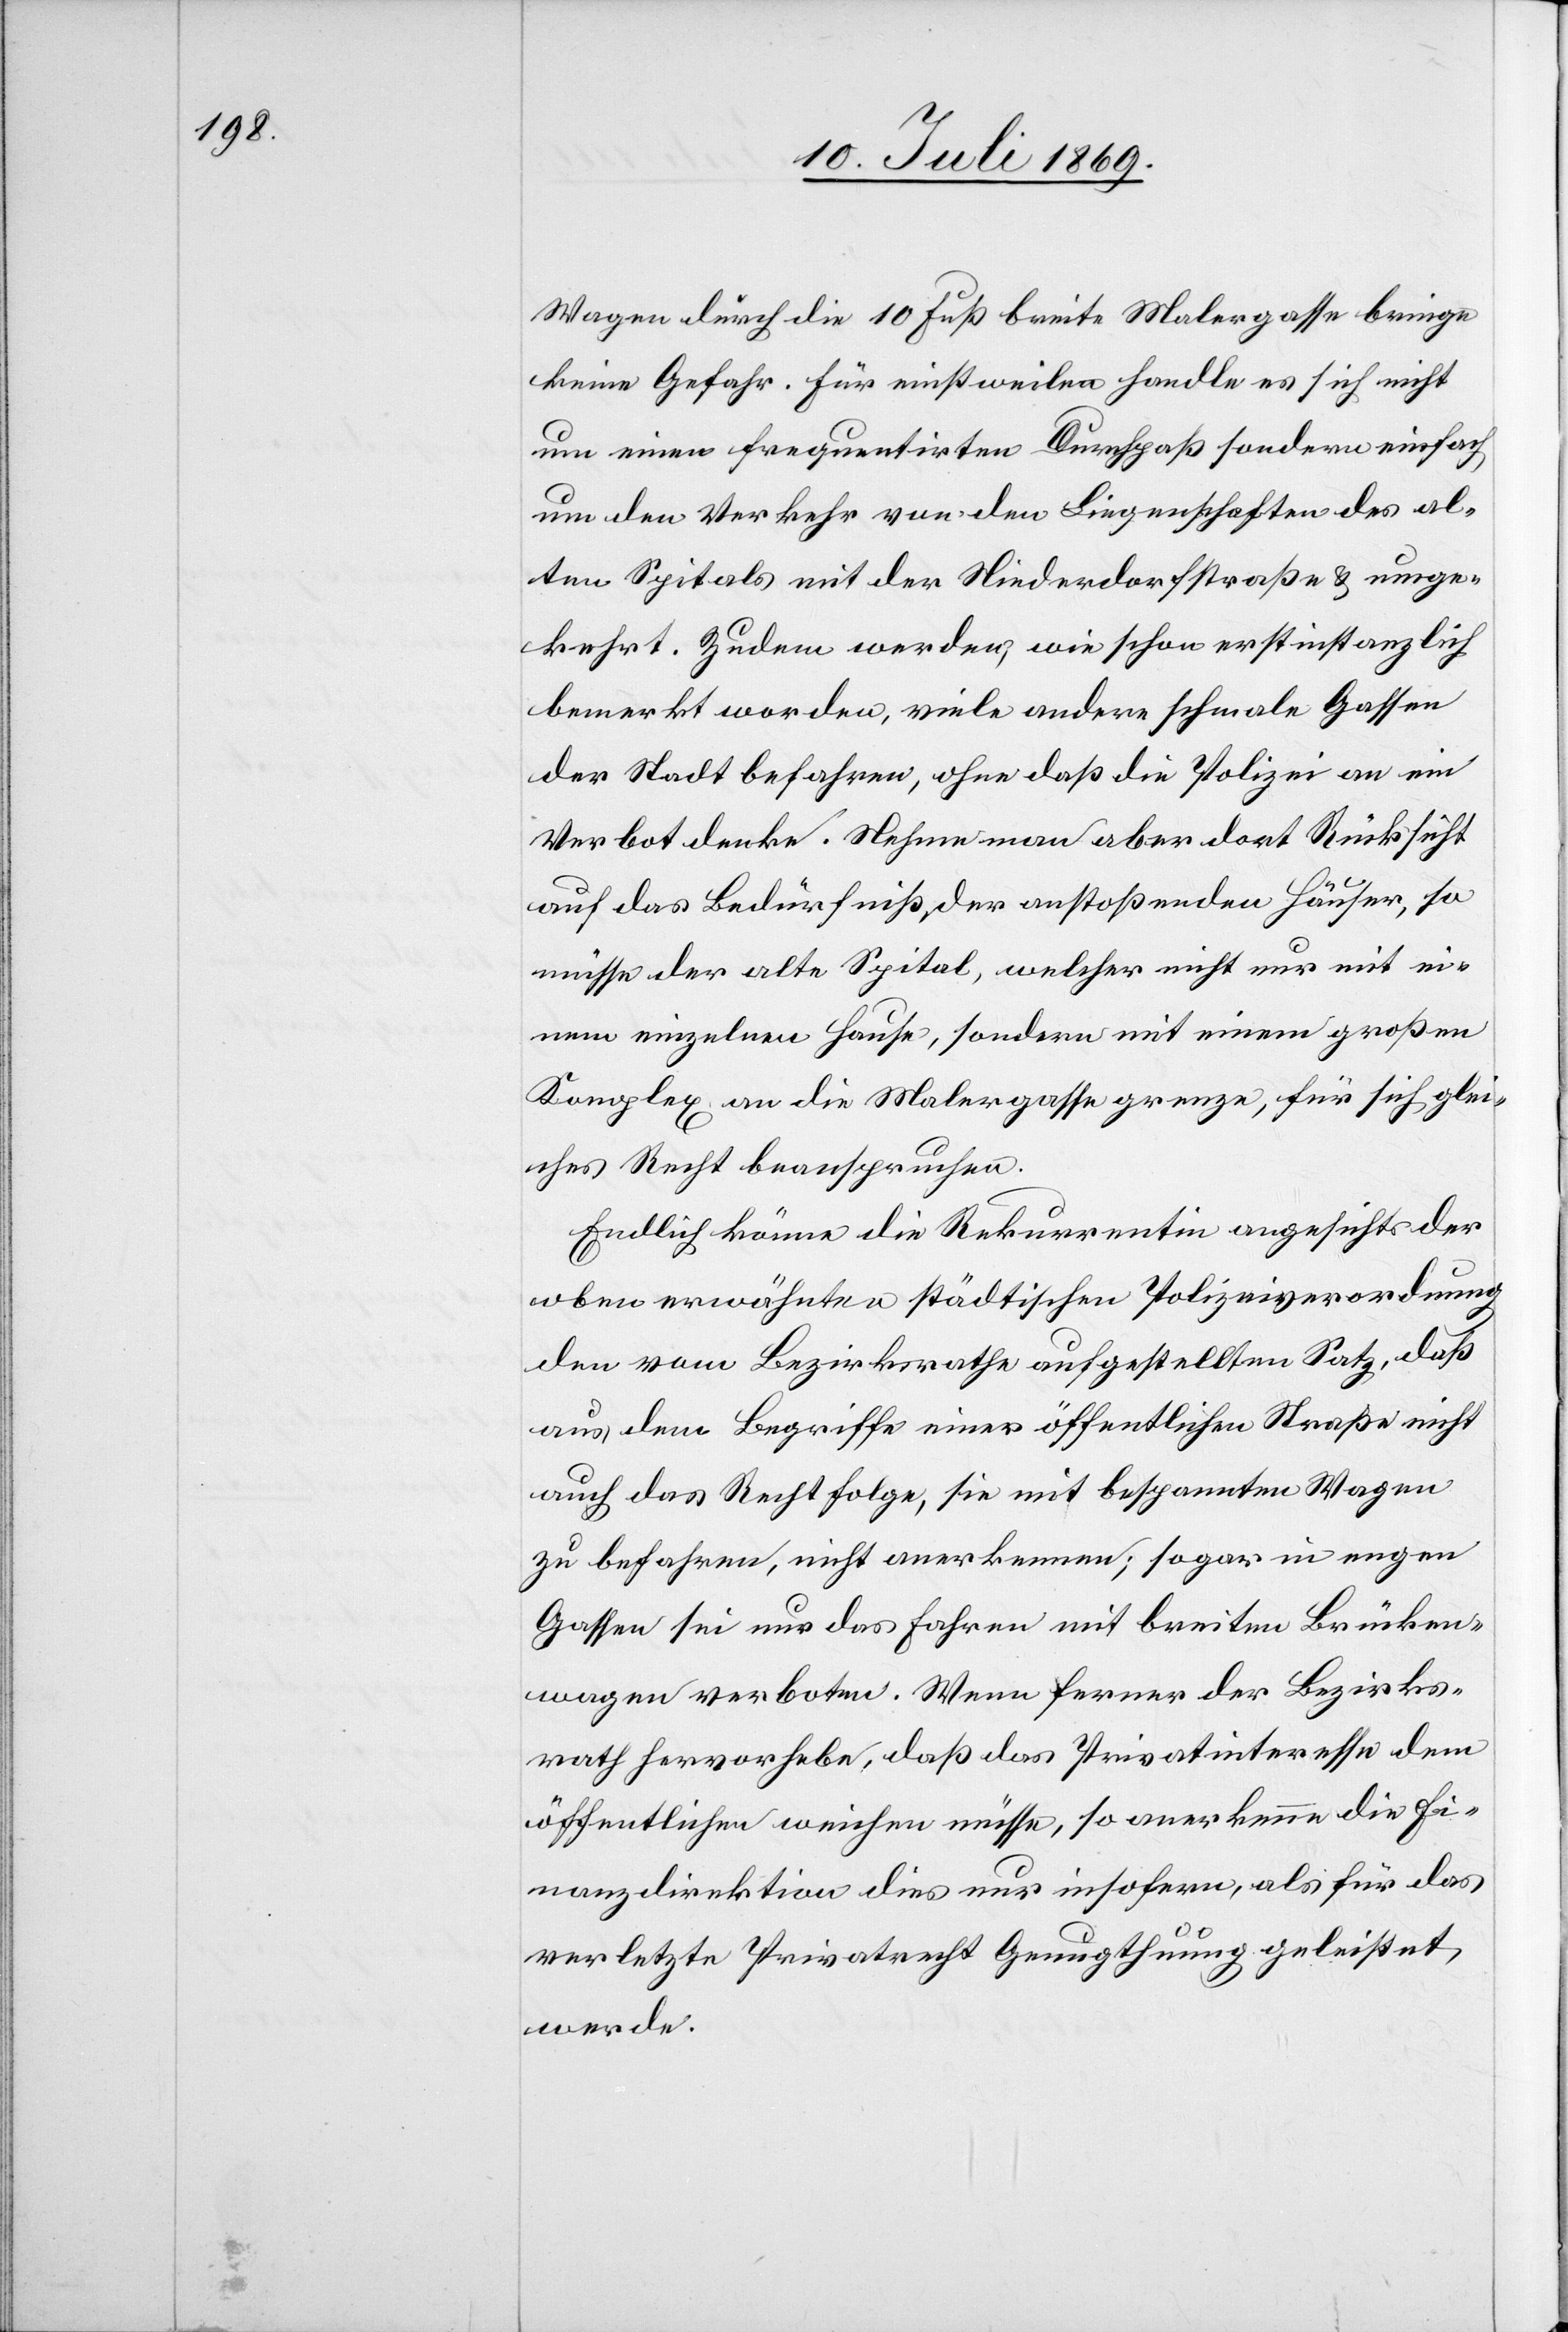
Wagen durch die 10 Fuß breite Malergasse bringe
keine Gefahr. Für einstweilen handle es sich nicht
um einen frequentierten Durchpaß sondern einfach
um den Verkehr von den Liegenschaften des al¬
ten Spitals mit der Niederdorfstraße u. umge¬
kehrt. Zudem werden, wie schon erstinstanzlich
bemerkt worden, viele andere schmale Gassen
der Stadt befahren, ohne daß die Polizei an ein
Verbot denke. Nehme man aber dort Rücksicht
auf das Bedürfniß, der anstoßenden Häuser, so
müsse der alte Spital, welcher nicht nur mit ei¬
nem einzelnen Hause, sondern mit einem großen
Komplex an die Malergasse grenze, für sich glei¬
ches Recht beanspruchen.
Endlich könne die Rekurrentin angesichts der
oben erwähnten städtischen Polizeiverordnung
den vom Bezirksrathe aufgestellten Satz, daß
aus dem Begriffe einer öffentlichen Straße nicht
auch das Recht folge, sie mit bespannten Wagen
zu befahren, nicht anerkennen; sogar in engen
Gassen sei nur das Fahren mit breiten Brücken¬
wagen verboten. Wenn ferner der Bezirks¬
rath hervorhebe, daß das Privatinteresse dem
öffentlichen weichen müsse, so anerkenne die Fi¬
nanzdirektion dies nur insofern, als für das
verletzte Privatrecht Genugthuung geleistet
werde.